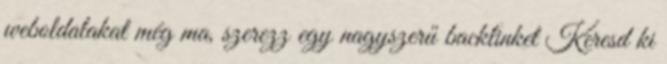
weboldalakat még ma, szerezz egy nagyszerű backlinket Keresd ki